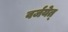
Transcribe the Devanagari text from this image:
वर्जयेत्